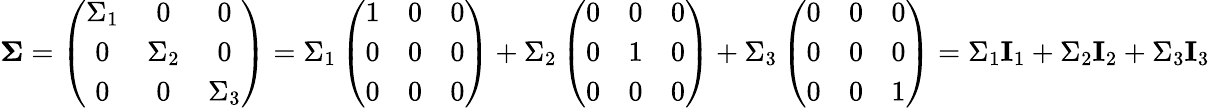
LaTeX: \begin{array}{r}{\mathbf{\Sigma}=\left(\begin{array}{ccc}{\Sigma_{1}}&{0}&{0}\\ {0}&{\Sigma_{2}}&{0}\\ {0}&{0}&{\Sigma_{3}}\end{array}\right)=\Sigma_{1}\left(\begin{array}{ccc}{1}&{0}&{0}\\ {0}&{0}&{0}\\ {0}&{0}&{0}\end{array}\right)+\Sigma_{2}\left(\begin{array}{ccc}{0}&{0}&{0}\\ {0}&{1}&{0}\\ {0}&{0}&{0}\end{array}\right)+\Sigma_{3}\left(\begin{array}{ccc}{0}&{0}&{0}\\ {0}&{0}&{0}\\ {0}&{0}&{1}\end{array}\right)=\Sigma_{1}\mathbf{I}_{1}+\Sigma_{2}\mathbf{I}_{2}+\Sigma_{3}\mathbf{I}_{3}}\end{array}